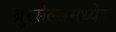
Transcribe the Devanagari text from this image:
ब्रुरसेल्समध्येच